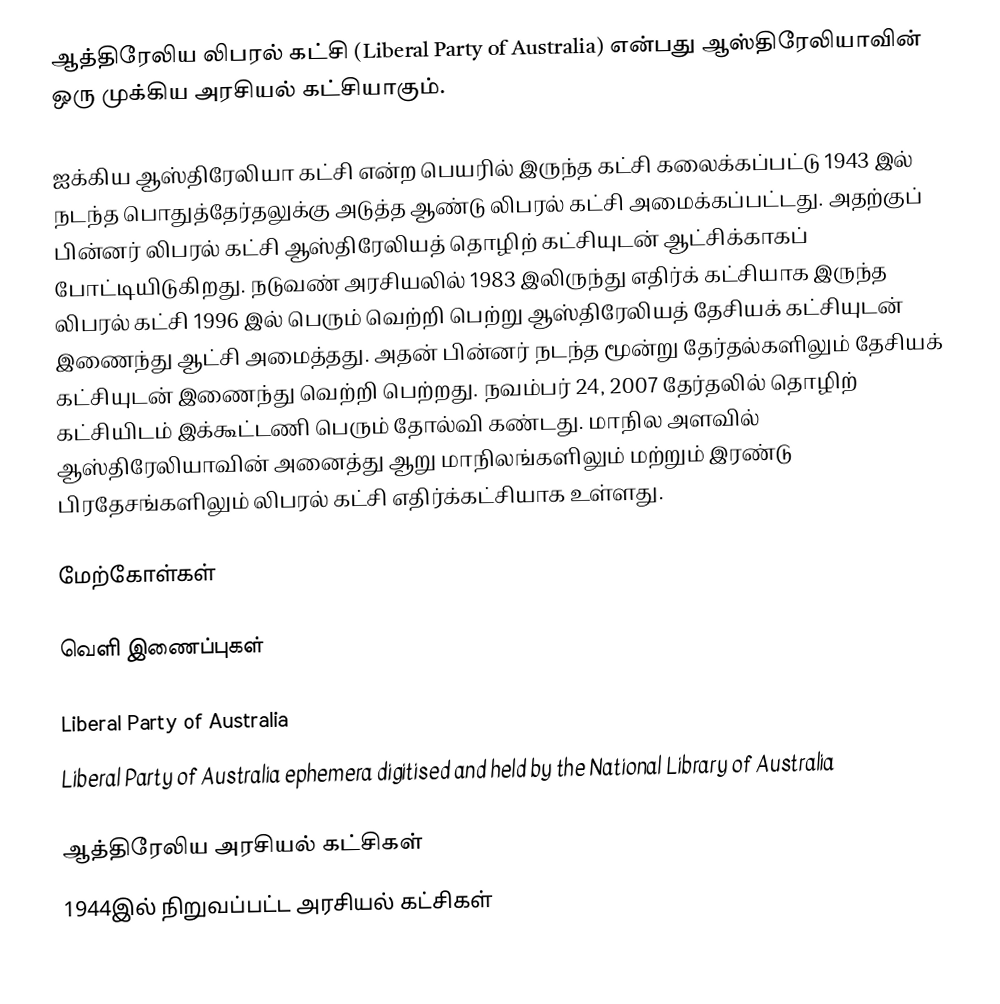
ஆத்திரேலிய லிபரல் கட்சி (Liberal Party of Australia) என்பது ஆஸ்திரேலியாவின் ஒரு முக்கிய அரசியல் கட்சியாகும்.

ஐக்கிய ஆஸ்திரேலியா கட்சி என்ற பெயரில் இருந்த கட்சி கலைக்கப்பட்டு 1943 இல் நடந்த பொதுத்தேர்தலுக்கு அடுத்த ஆண்டு லிபரல் கட்சி அமைக்கப்பட்டது. அதற்குப் பின்னர் லிபரல் கட்சி ஆஸ்திரேலியத் தொழிற் கட்சியுடன் ஆட்சிக்காகப் போட்டியிடுகிறது. நடுவண் அரசியலில் 1983 இலிருந்து எதிர்க் கட்சியாக இருந்த லிபரல் கட்சி 1996 இல் பெரும் வெற்றி பெற்று ஆஸ்திரேலியத் தேசியக் கட்சியுடன் இணைந்து ஆட்சி அமைத்தது. அதன் பின்னர் நடந்த மூன்று தேர்தல்களிலும் தேசியக் கட்சியுடன் இணைந்து வெற்றி பெற்றது. நவம்பர் 24, 2007 தேர்தலில் தொழிற் கட்சியிடம் இக்கூட்டணி பெரும் தோல்வி கண்டது. மாநில அளவில் ஆஸ்திரேலியாவின் அனைத்து ஆறு மாநிலங்களிலும் மற்றும் இரண்டு பிரதேசங்களிலும் லிபரல் கட்சி எதிர்க்கட்சியாக உள்ளது.

மேற்கோள்கள்

வெளி இணைப்புகள்

 Liberal Party of Australia
 Liberal Party of Australia ephemera digitised and held by the National Library of Australia

ஆத்திரேலிய அரசியல் கட்சிகள்
1944இல் நிறுவப்பட்ட அரசியல் கட்சிகள்